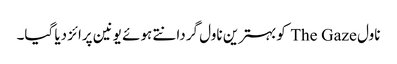
ناول The Gaze کوبہترین ناول گردانتے ہوئے یونین پرائز دیا گیا۔